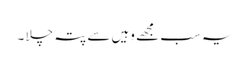
یہ سب مجھے وہیں سے پتہ چلا ۔